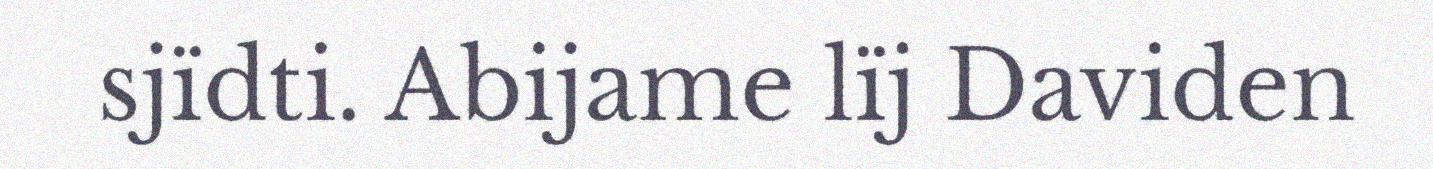
sjïdti. Abijame lïj Daviden